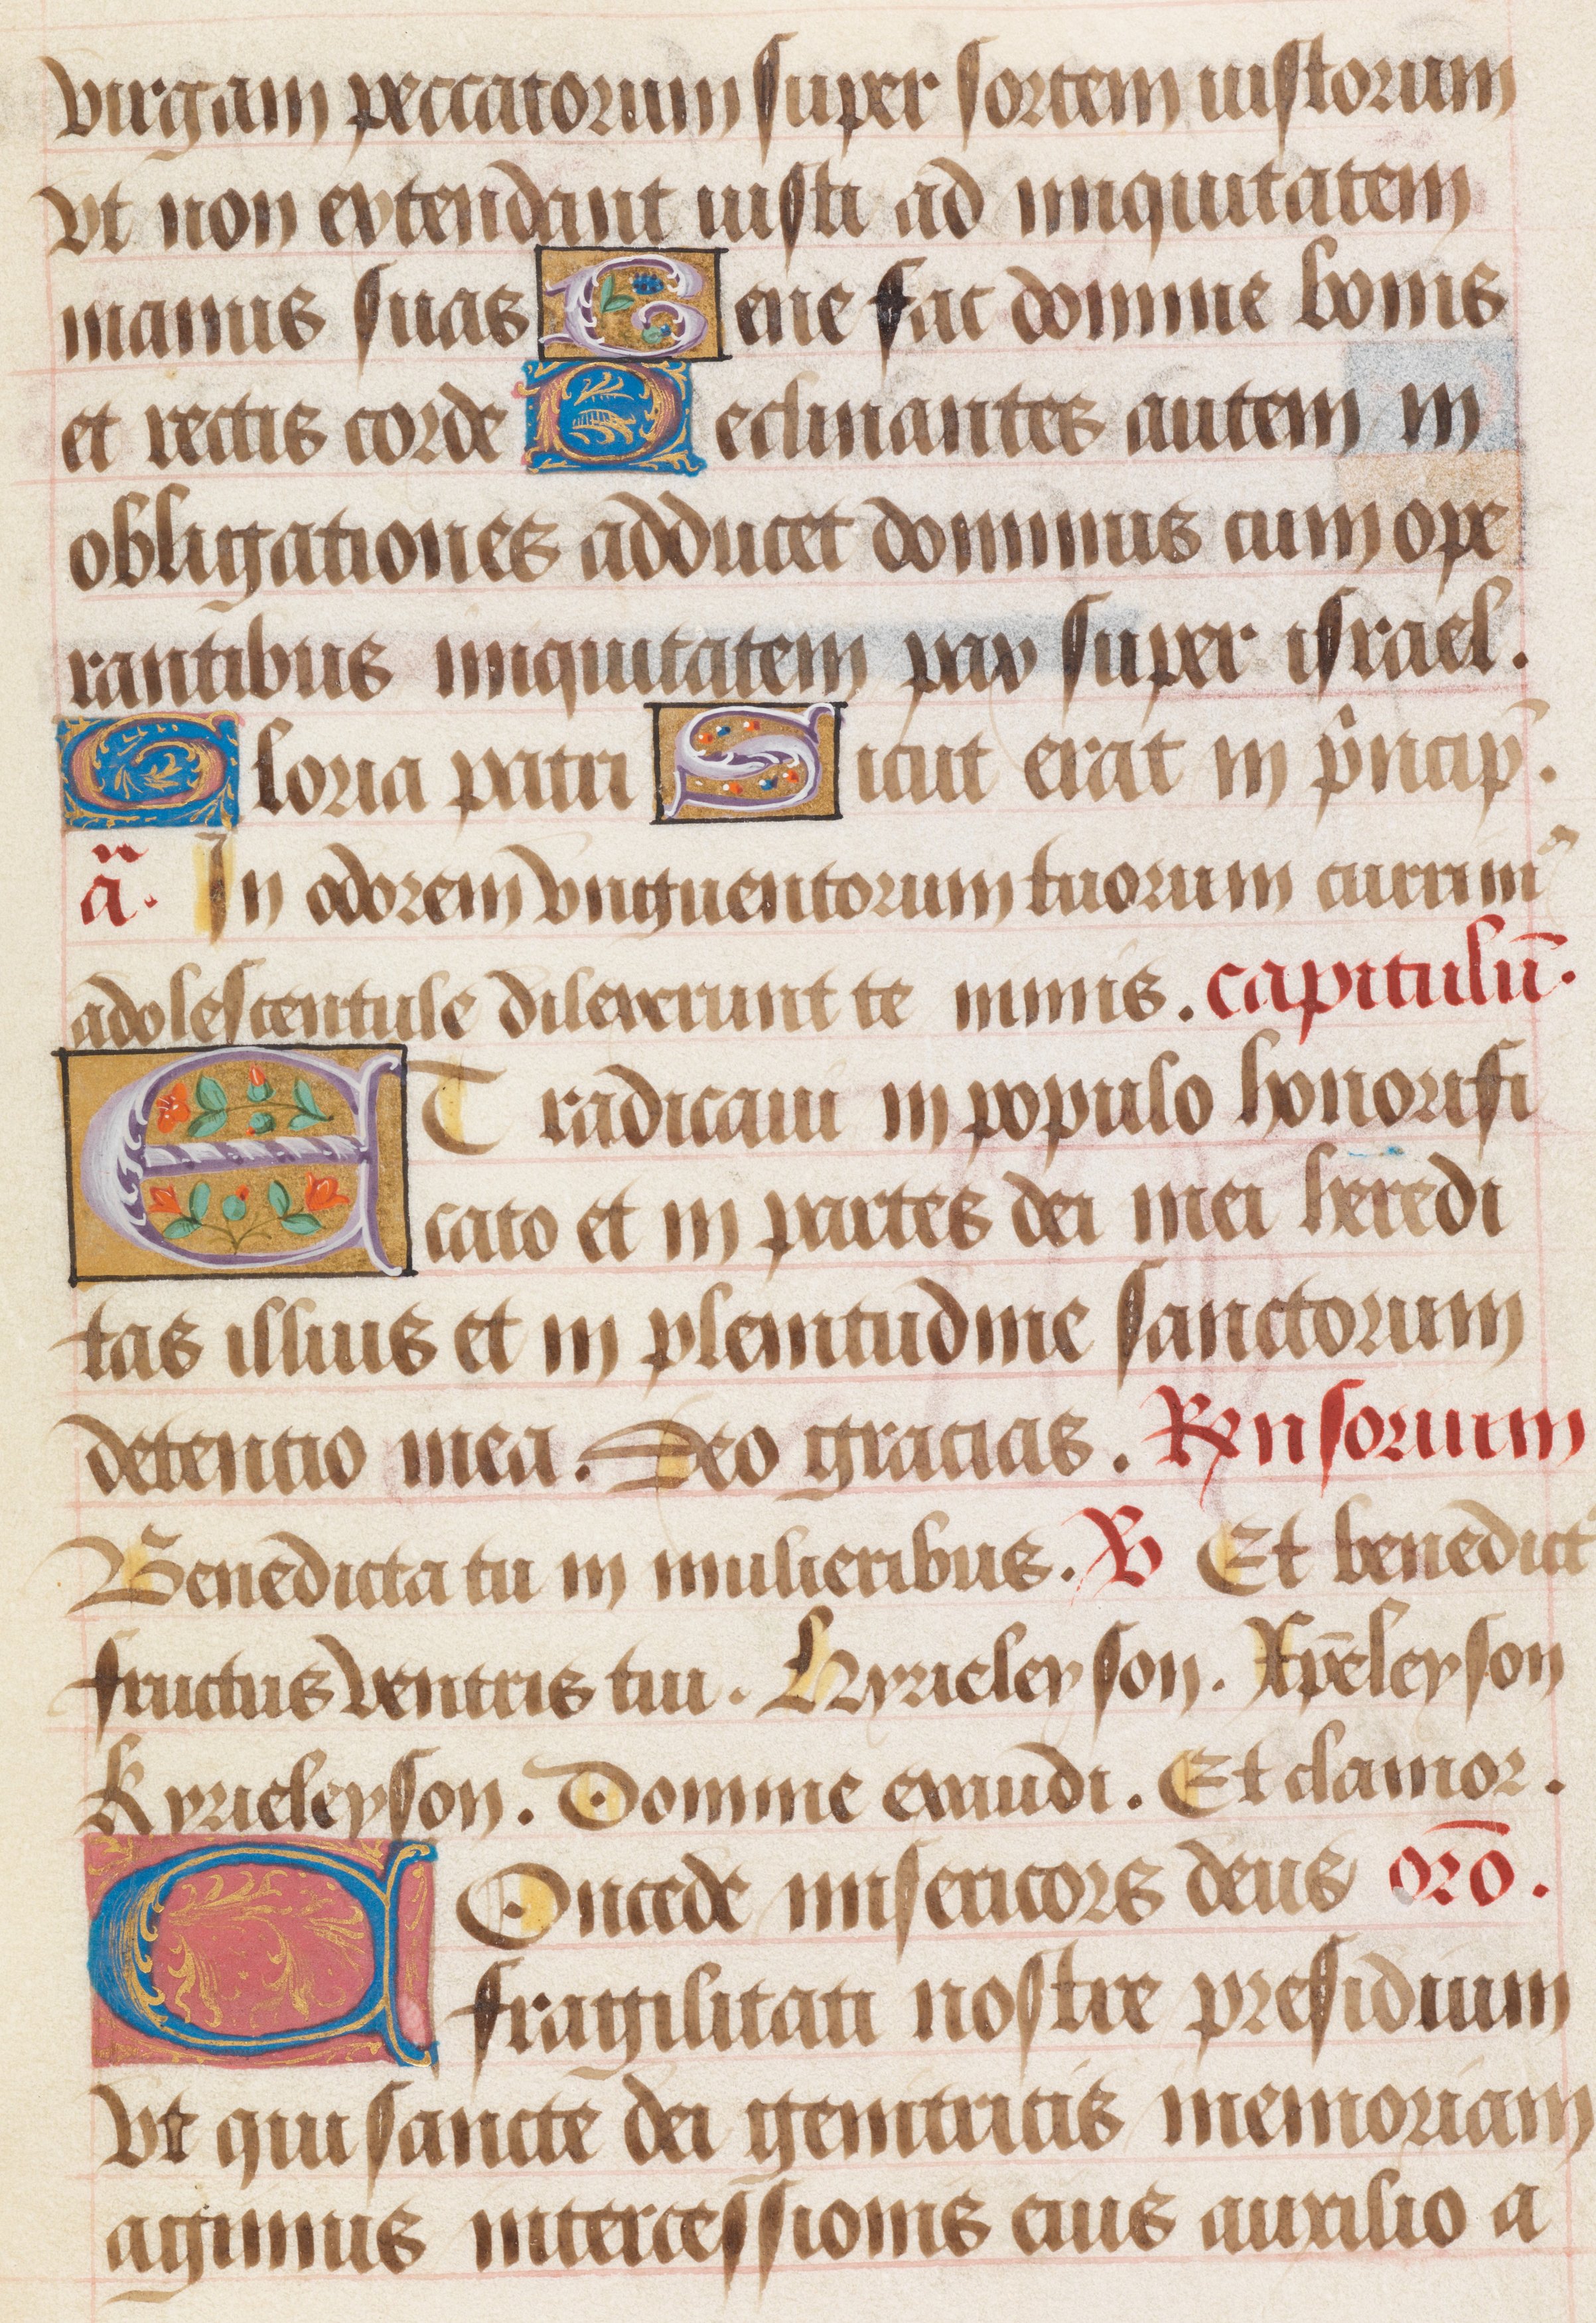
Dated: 1480–1490